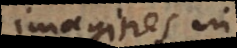
imagines in